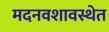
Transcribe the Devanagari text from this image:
मदनवशावस्थेत